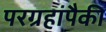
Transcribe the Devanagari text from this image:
परग्रहांपैकी